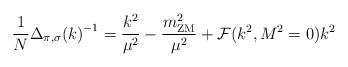
LaTeX: \begin{align*}\frac{1}{N} {\Delta_{\pi,\sigma} (k)}^{-1} = \frac{k^2}{\mu^2} -\frac{m^2_{\rm ZM}}{\mu^2} + {\cal F}(k^2, M^2=0) k^2 \end{align*}